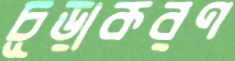
চূড়াকরণ